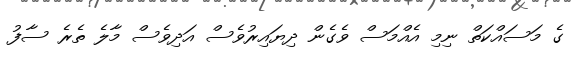
ގެ މަސައްކަތް ނިމި އެއްމަސް ވެގެން ދިޔައިރުވެސް އަދިވެސް މާލެ ތެރެ ސާފު